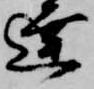
達